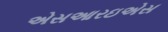
એસઆરઇએસ